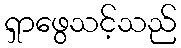
ရှာဖွေသင့်သည်